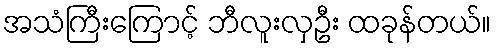
အသံကြီးကြောင့် ဘီလူးလှဦး ထခုန်တယ်။